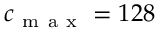
c _ { \mathrm { ~ m ~ a ~ x ~ } } = 1 2 8